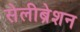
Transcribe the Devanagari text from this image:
सेलीब्रेशन